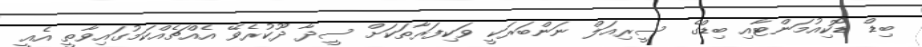
ބިޑް ޑޮކިއުމަންޓާއި ބިޑްގެ ސީރިއަލް ނަންބަރަކީ ވަކިފަރާތަކަށް ސީދާ ދޫކުރެވޭ އެއްޗެއްކަމުގައިވާތީ އެއީ